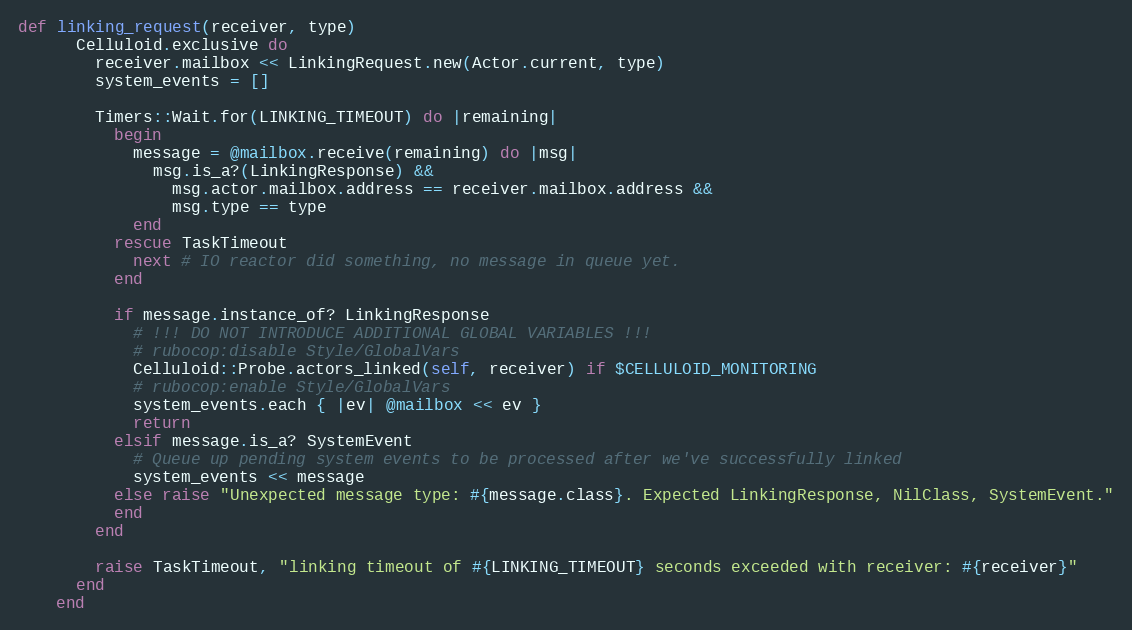
Language: Ruby
def linking_request(receiver, type)
      Celluloid.exclusive do
        receiver.mailbox << LinkingRequest.new(Actor.current, type)
        system_events = []

        Timers::Wait.for(LINKING_TIMEOUT) do |remaining|
          begin
            message = @mailbox.receive(remaining) do |msg|
              msg.is_a?(LinkingResponse) &&
                msg.actor.mailbox.address == receiver.mailbox.address &&
                msg.type == type
            end
          rescue TaskTimeout
            next # IO reactor did something, no message in queue yet.
          end

          if message.instance_of? LinkingResponse
            # !!! DO NOT INTRODUCE ADDITIONAL GLOBAL VARIABLES !!!
            # rubocop:disable Style/GlobalVars
            Celluloid::Probe.actors_linked(self, receiver) if $CELLULOID_MONITORING
            # rubocop:enable Style/GlobalVars
            system_events.each { |ev| @mailbox << ev }
            return
          elsif message.is_a? SystemEvent
            # Queue up pending system events to be processed after we've successfully linked
            system_events << message
          else raise "Unexpected message type: #{message.class}. Expected LinkingResponse, NilClass, SystemEvent."
          end
        end

        raise TaskTimeout, "linking timeout of #{LINKING_TIMEOUT} seconds exceeded with receiver: #{receiver}"
      end
    end